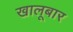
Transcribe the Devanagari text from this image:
खालूबार